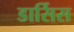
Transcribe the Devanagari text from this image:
डार्सिस